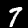
Digit: 7